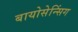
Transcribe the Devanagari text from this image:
बायोसेन्सिंग